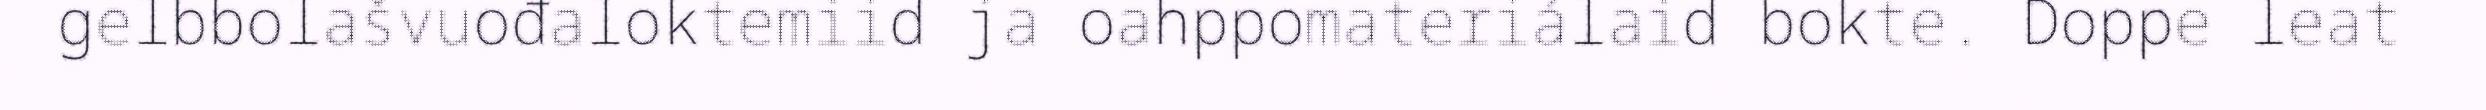
gelbbolašvuođaloktemiid ja oahppomateriálaid bokte. Doppe leat